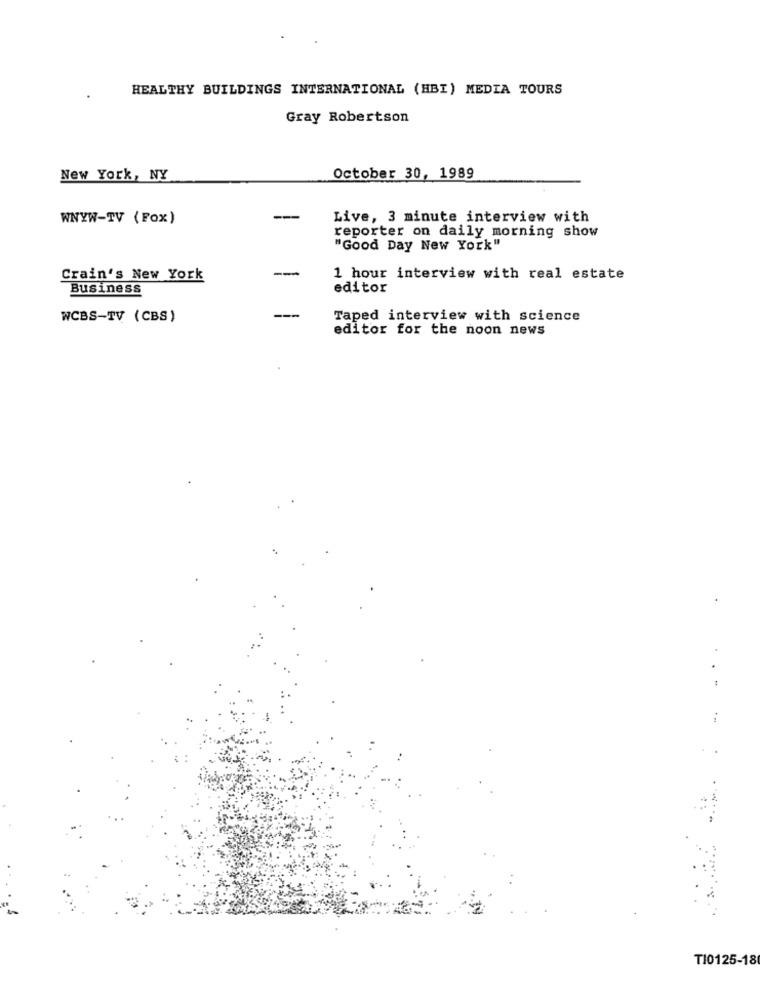
HEALTHY BUILDINGS INTERNATIONAL (HBI) MEDIA TOURS
Gray Robertson
New York, NY
October 30, 1989
WNYW-TV (Fox)
-
Live, 3 minute interview with
reporter on daily morning show
"Good Day New York"
-
Crain's New York
1 hour interview with real estate
Business
editor
WCBS-TV (CBS)
Taped interview with science
editor for the noon news
T10125-18